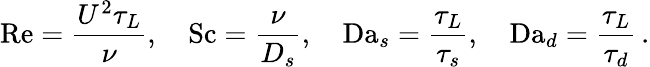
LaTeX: \textrm{Re}=\frac{U^{2}\tau_{L}}{\nu},\quad\textrm{Sc}=\frac{\nu}{D_{s}},\quad\textrm{Da}_{s}=\frac{\tau_{L}}{\tau_{s}},\quad\textrm{Da}_{d}=\frac{\tau_{L}}{\tau_{d}}\, .